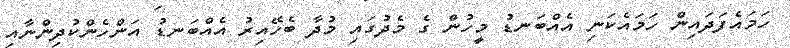
ހަމައެފަދައިން ހަމައެކަނި އެއްބަނޑު މީހުން ގެ މެދުގައި މުދާ ބެހޭއިރު އެއްބަނޑު އަންހެންކުދިންނާއި